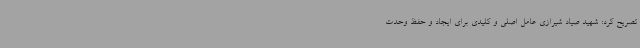
تصریح کرد: شهید صیاد شیرازی عامل اصلی و کلیدی برای ایجاد و حفظ وحدت